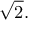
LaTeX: { \sqrt { 2 } } .